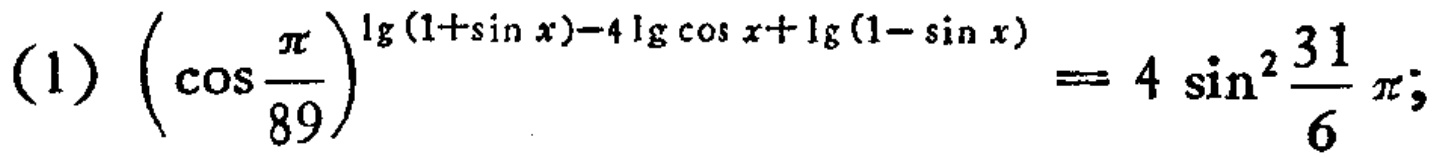
\((1)\left(\cos\frac{\pi}{89}\right)^{\lg(1 + \sin x)-4\lg\cos x+\lg(1 - \sin x)} = 4\sin^{2}\frac{31}{6}\pi;\)